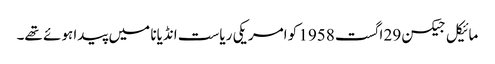
مائیکل جیکسن 29 اگست 1958 کو امریکی ریاست انڈیانا میں پیدا ہوئے تھے۔